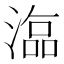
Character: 𣻙